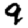
Digit: 9